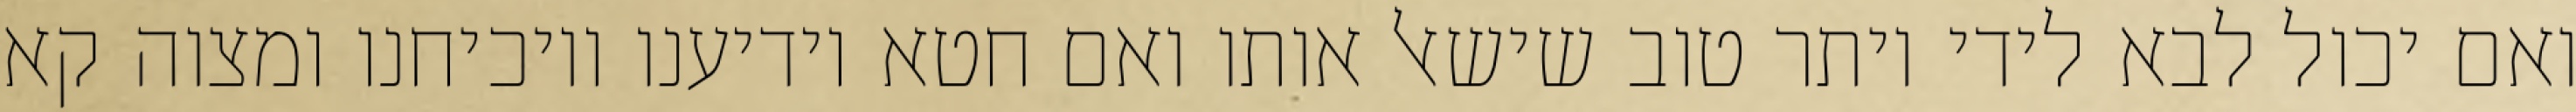
ואם יכול לבא לידי יותר טוב שישאל אותו ואם חטא יודיענו ויוכיחנו ומצוה קא